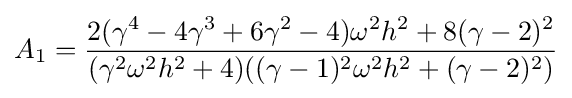
A_{1}={\frac {2(\gamma ^{4}-4\gamma ^{3}+6\gamma ^{2}-4)\omega ^{2}h^{2}+8(\gamma -2)^{2}}{(\gamma ^{2}\omega ^{2}h^{2}+4)((\gamma -1)^{2}\omega ^{2}h^{2}+(\gamma -2)^{2})}}